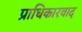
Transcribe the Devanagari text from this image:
प्राधिकारवाद